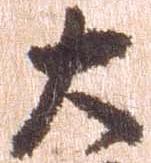
大